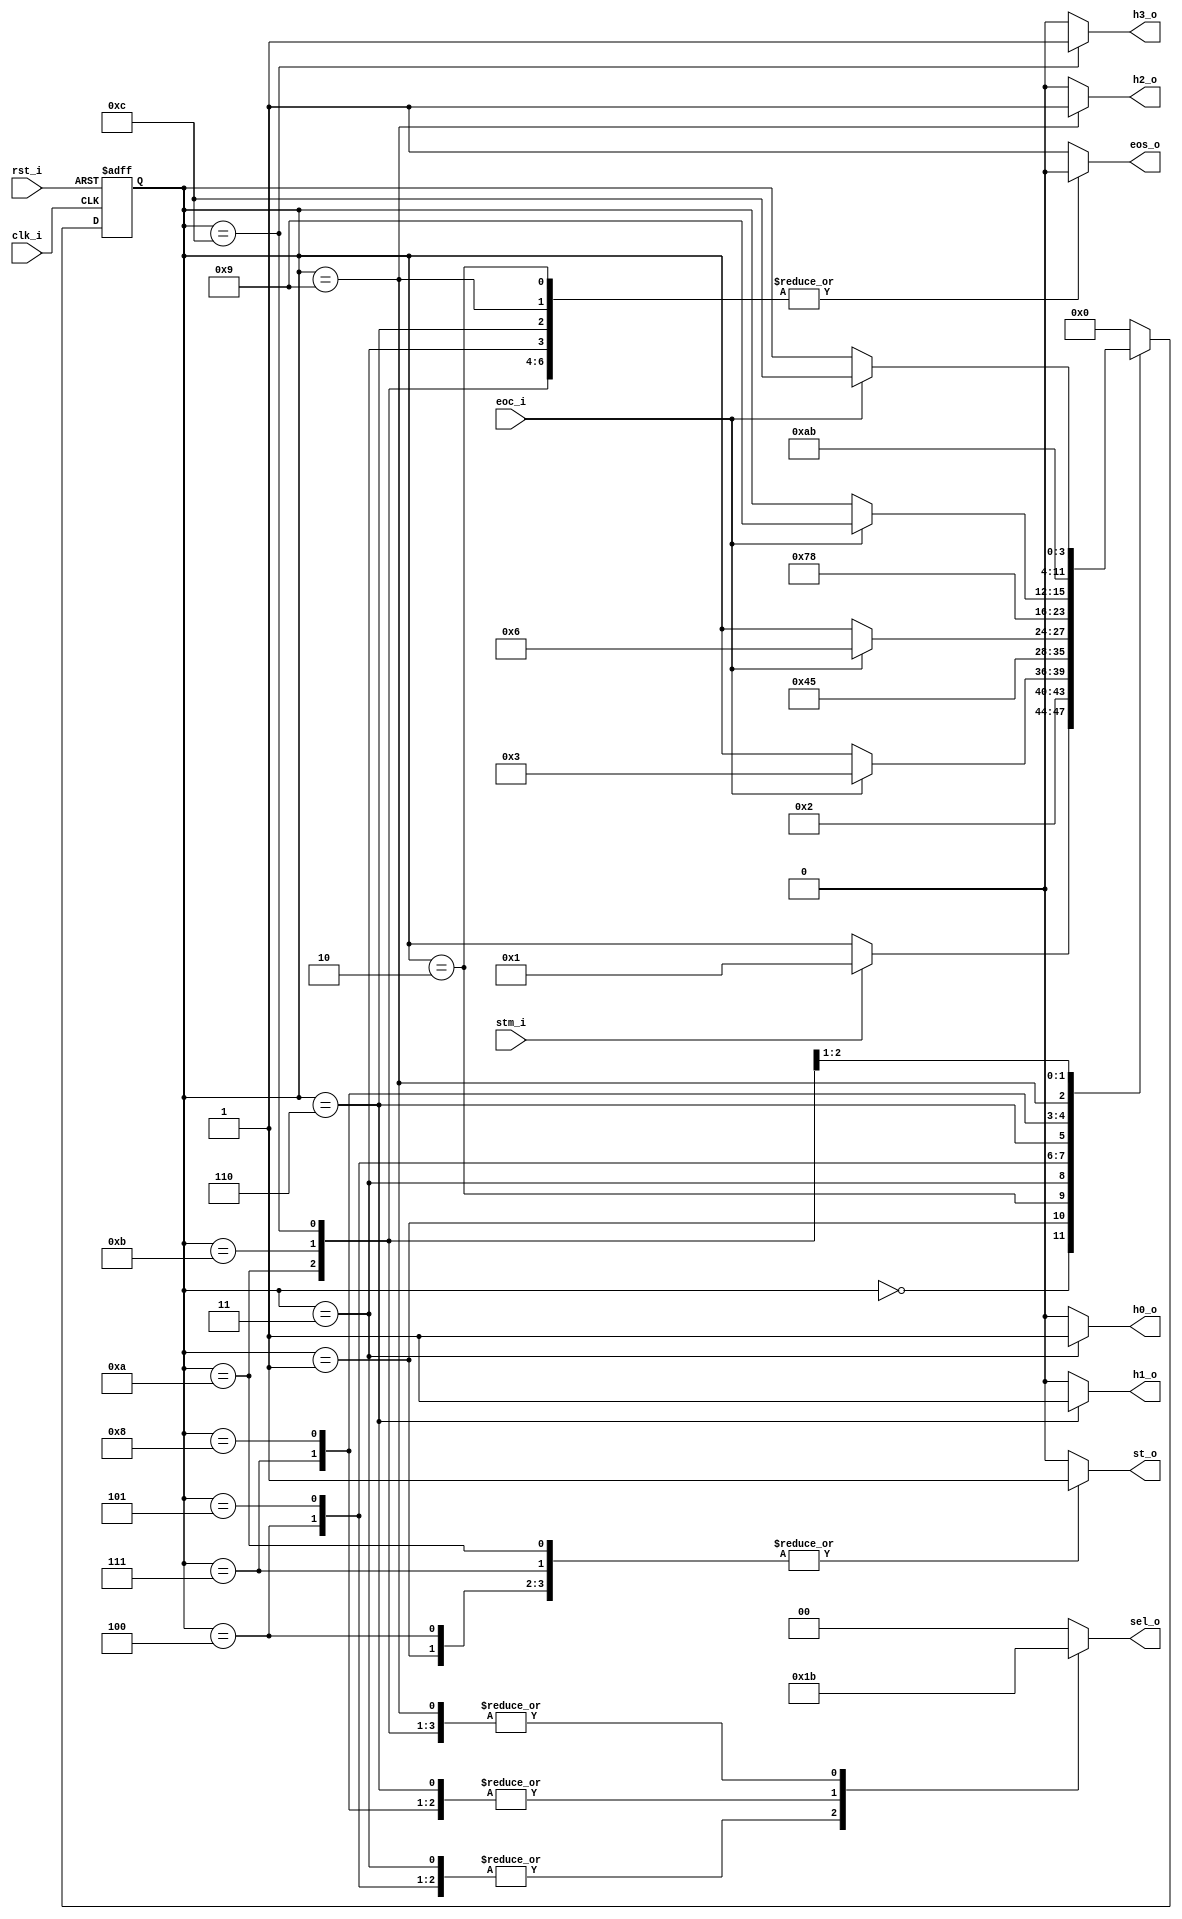
// Name: fsm_master.v
//
// Description: Maquina de estados utilizada para guardar las conversiones de 2 canales del ADC.

module fsm_master (
  input            clk_i,
  input            rst_i,
  input            stm_i,
  input            eoc_i,
  output reg       st_o,
  output reg [1:0] sel_o,
  output reg       h0_o,
  output reg       h1_o,
  output reg       h2_o,
  output reg       h3_o,
  output reg       eos_o
);

  localparam [3:0]  s0 = 4'b0000,
                    s1 = 4'b0001,
                    s2 = 4'b0010,
                    s3 = 4'b0011,
                    s4 = 4'b0100,
                    s5 = 4'b0101,
                    s6 = 4'b0110,
                    s7 = 4'b0111,
                    s8 = 4'b1000,
                    s9 = 4'b1001,
                   s10 = 4'b1010,
                   s11 = 4'b1011,
                   s12 = 4'b1100;

  reg [3:0] next_state, present_state;

  always @(stm_i, eoc_i, present_state) begin
    st_o = 1'b0; sel_o = 2'b00; h0_o = 1'b0; h1_o = 1'b0; h2_o = 1'b0; h3_o = 1'b0; eos_o = 1'b1;
    next_state = present_state;
    case(present_state)
      s0: begin
                st_o = 1'b0; sel_o = 2'b00; h0_o = 1'b0; h1_o = 1'b0; h2_o = 1'b0; h3_o = 1'b0; eos_o = 1'b1;
                if(stm_i)
                  next_state = s1;
              end

      s1: begin
                st_o = 1'b1; sel_o = 2'b00; h0_o = 1'b0; h1_o = 1'b0; h2_o = 1'b0; h3_o = 1'b0; eos_o = 1'b0;
                next_state = s2;
              end

      s2: begin
                st_o = 1'b0; sel_o = 2'b00; h0_o = 1'b0; h1_o = 1'b0; h2_o = 1'b0; h3_o = 1'b0; eos_o = 1'b0;
                if(eoc_i)
                  next_state = s3;
              end

      s3: begin
                st_o = 1'b0; sel_o = 2'b01; h0_o = 1'b1; h1_o = 1'b0; h2_o = 1'b0; h3_o = 1'b0; eos_o = 1'b0;
                next_state = s4;
              end

      s4: begin
                st_o = 1'b1; sel_o = 2'b01; h0_o = 1'b0; h1_o = 1'b0; h2_o = 1'b0; h3_o = 1'b0; eos_o = 1'b0;
                next_state = s5;
              end

      s5: begin
                st_o = 1'b0; sel_o = 2'b01; h0_o = 1'b0; h1_o = 1'b0; h2_o = 1'b0; h3_o = 1'b0; eos_o = 1'b0;
                if(eoc_i)
                  next_state = s6;
              end

      s6: begin
                st_o = 1'b0; sel_o = 2'b10; h0_o = 1'b0; h1_o = 1'b1; h2_o = 1'b0; h3_o = 1'b0; eos_o = 1'b0;
                next_state = s7;
              end

      s7: begin
                st_o = 1'b1; sel_o = 2'b10; h0_o = 1'b0; h1_o = 1'b0; h2_o = 1'b0; h3_o = 1'b0; eos_o = 1'b0;
                next_state = s8;
              end

      s8: begin
                st_o = 1'b0; sel_o = 2'b10; h0_o = 1'b0; h1_o = 1'b0; h2_o = 1'b0; h3_o = 1'b0; eos_o = 1'b0;
                if(eoc_i)
                  next_state = s9;
              end

      s9: begin
                st_o = 1'b0; sel_o = 2'b11; h0_o = 1'b0; h1_o = 1'b0; h2_o = 1'b1; h3_o = 1'b0; eos_o = 1'b0;
                next_state = s10;
              end

      s10: begin
                st_o = 1'b1; sel_o = 2'b11; h0_o = 1'b0; h1_o = 1'b0; h2_o = 1'b0; h3_o = 1'b0; eos_o = 1'b0;
                next_state = s11;
              end

      s11: begin
                st_o = 1'b0; sel_o = 2'b11; h0_o = 1'b0; h1_o = 1'b0; h2_o = 1'b0; h3_o = 1'b0; eos_o = 1'b0;
                if(eoc_i)
                  next_state = s12;
              end

      s12: begin
                st_o = 1'b0; sel_o = 2'b11; h0_o = 1'b0; h1_o = 1'b0; h2_o = 1'b0; h3_o = 1'b1; eos_o = 1'b0;
                next_state = s0;
              end

      default: begin
                next_state = s0;
               end
    endcase
  end

  always@ (posedge clk_i, posedge rst_i) begin
    if (rst_i)
      present_state <= s0;
    else
      present_state <= next_state;
  end

endmodule